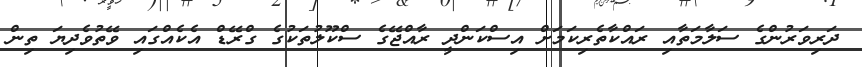
ދަރިވަރުންގެ ސަލާމަތާއި ރައްކާތެރިކަމަށް އިސްކަންދީ ރާއްޖޭގެ ސްކޫލުތަކުގެ ގްރޭޑް އެކެއްގައި ވޭތުވެދިޔަ ތިން